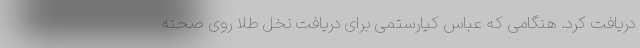
دریافت کرد. هنگامی که عباس کیارستمی برای دریافت نخل طلا روی صحنه